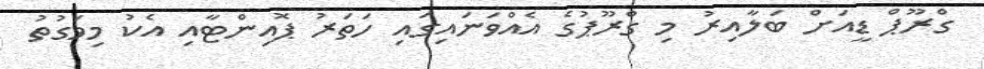
ގްރޫޕް ޑީއަށް ބަލާއިރު މި ގްރޫޕުގެ އެއްވަނައިގައި ހަތަރު ޕޮއިންޓާއި އެކު މިވަގުތު